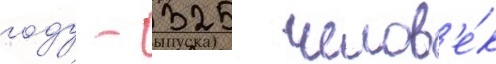
году - 325 челов'е́к